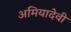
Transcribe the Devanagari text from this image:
अमियादेवी